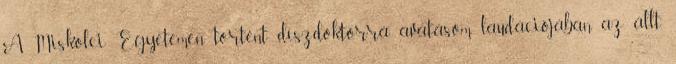
A Miskolci Egyetemen történt díszdoktorrá avatásom laudációjában az állt,